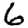
Digit: 6